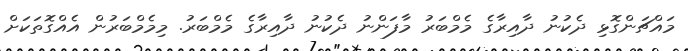
މައްޗަންގޮޅި ދެކުނު ދާއިރާގެ މެމްބަރު މާފަންނު ދެކުނު ދާއިރާގެ މެމްބަރު. މިމެމްބަރުން އެއްގޮތަކަށް